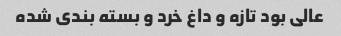
عالی بود تازه و داغ خرد و بسته بندی شده